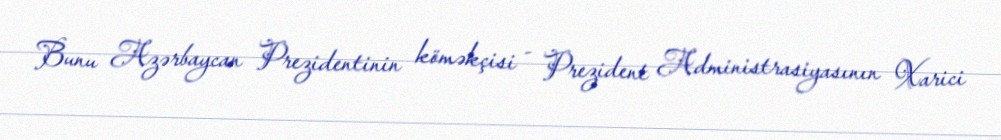
Bunu Azərbaycan Prezidentinin köməkçisi - Prezident Administrasiyasının Xarici